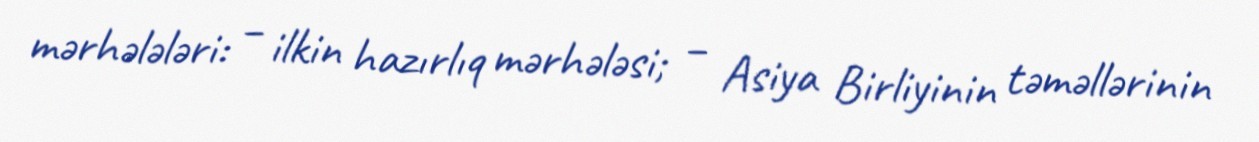
mərhələləri: – ilkin hazırlıq mərhələsi; – Asiya Birliyinin təməllərinin